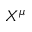
X ^ { \mu }